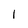
Character: 1